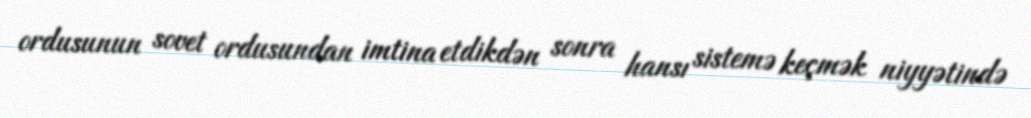
ordusunun sovet ordusundan imtina etdikdən sonra hansı sistemə keçmək niyyətində